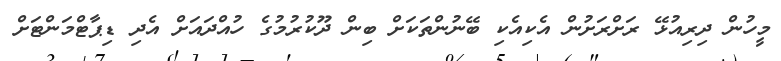
މީހުން ދިރިއުޅޭ ރަށްރަށުން އެކިއެކި ބޭނުންތަކަށް ބިން ދޫކުރުމުގެ ހުއްދައަށް އެދި ޑިޕާޓްމަންޓަށް